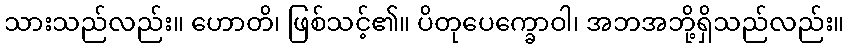
သားသည်လည်း။ ဟောတိ၊ ဖြစ်သင့်၏။ ပိတုပေက္ခောဝါ၊ အဘအဘို့ရှိသည်လည်း။